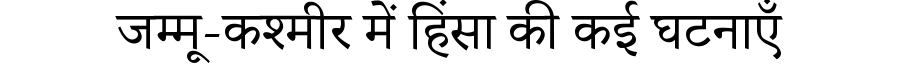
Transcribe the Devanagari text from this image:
जम्मू-कश्मीर में हिंसा की कई घटनाएँ